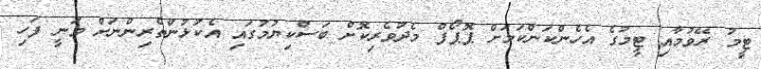
ޓީމު ރޭވުމާއި ޓީމުގެ އެހެންކަންކަމަށް ޕޮޕޯފް މެދުވެރިކޮށް ބަސްކިޔުމުގައި އެކުޅުންތެރިންނަށް ވަނީ ފަހި